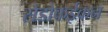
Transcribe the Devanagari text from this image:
सेडोकईकन